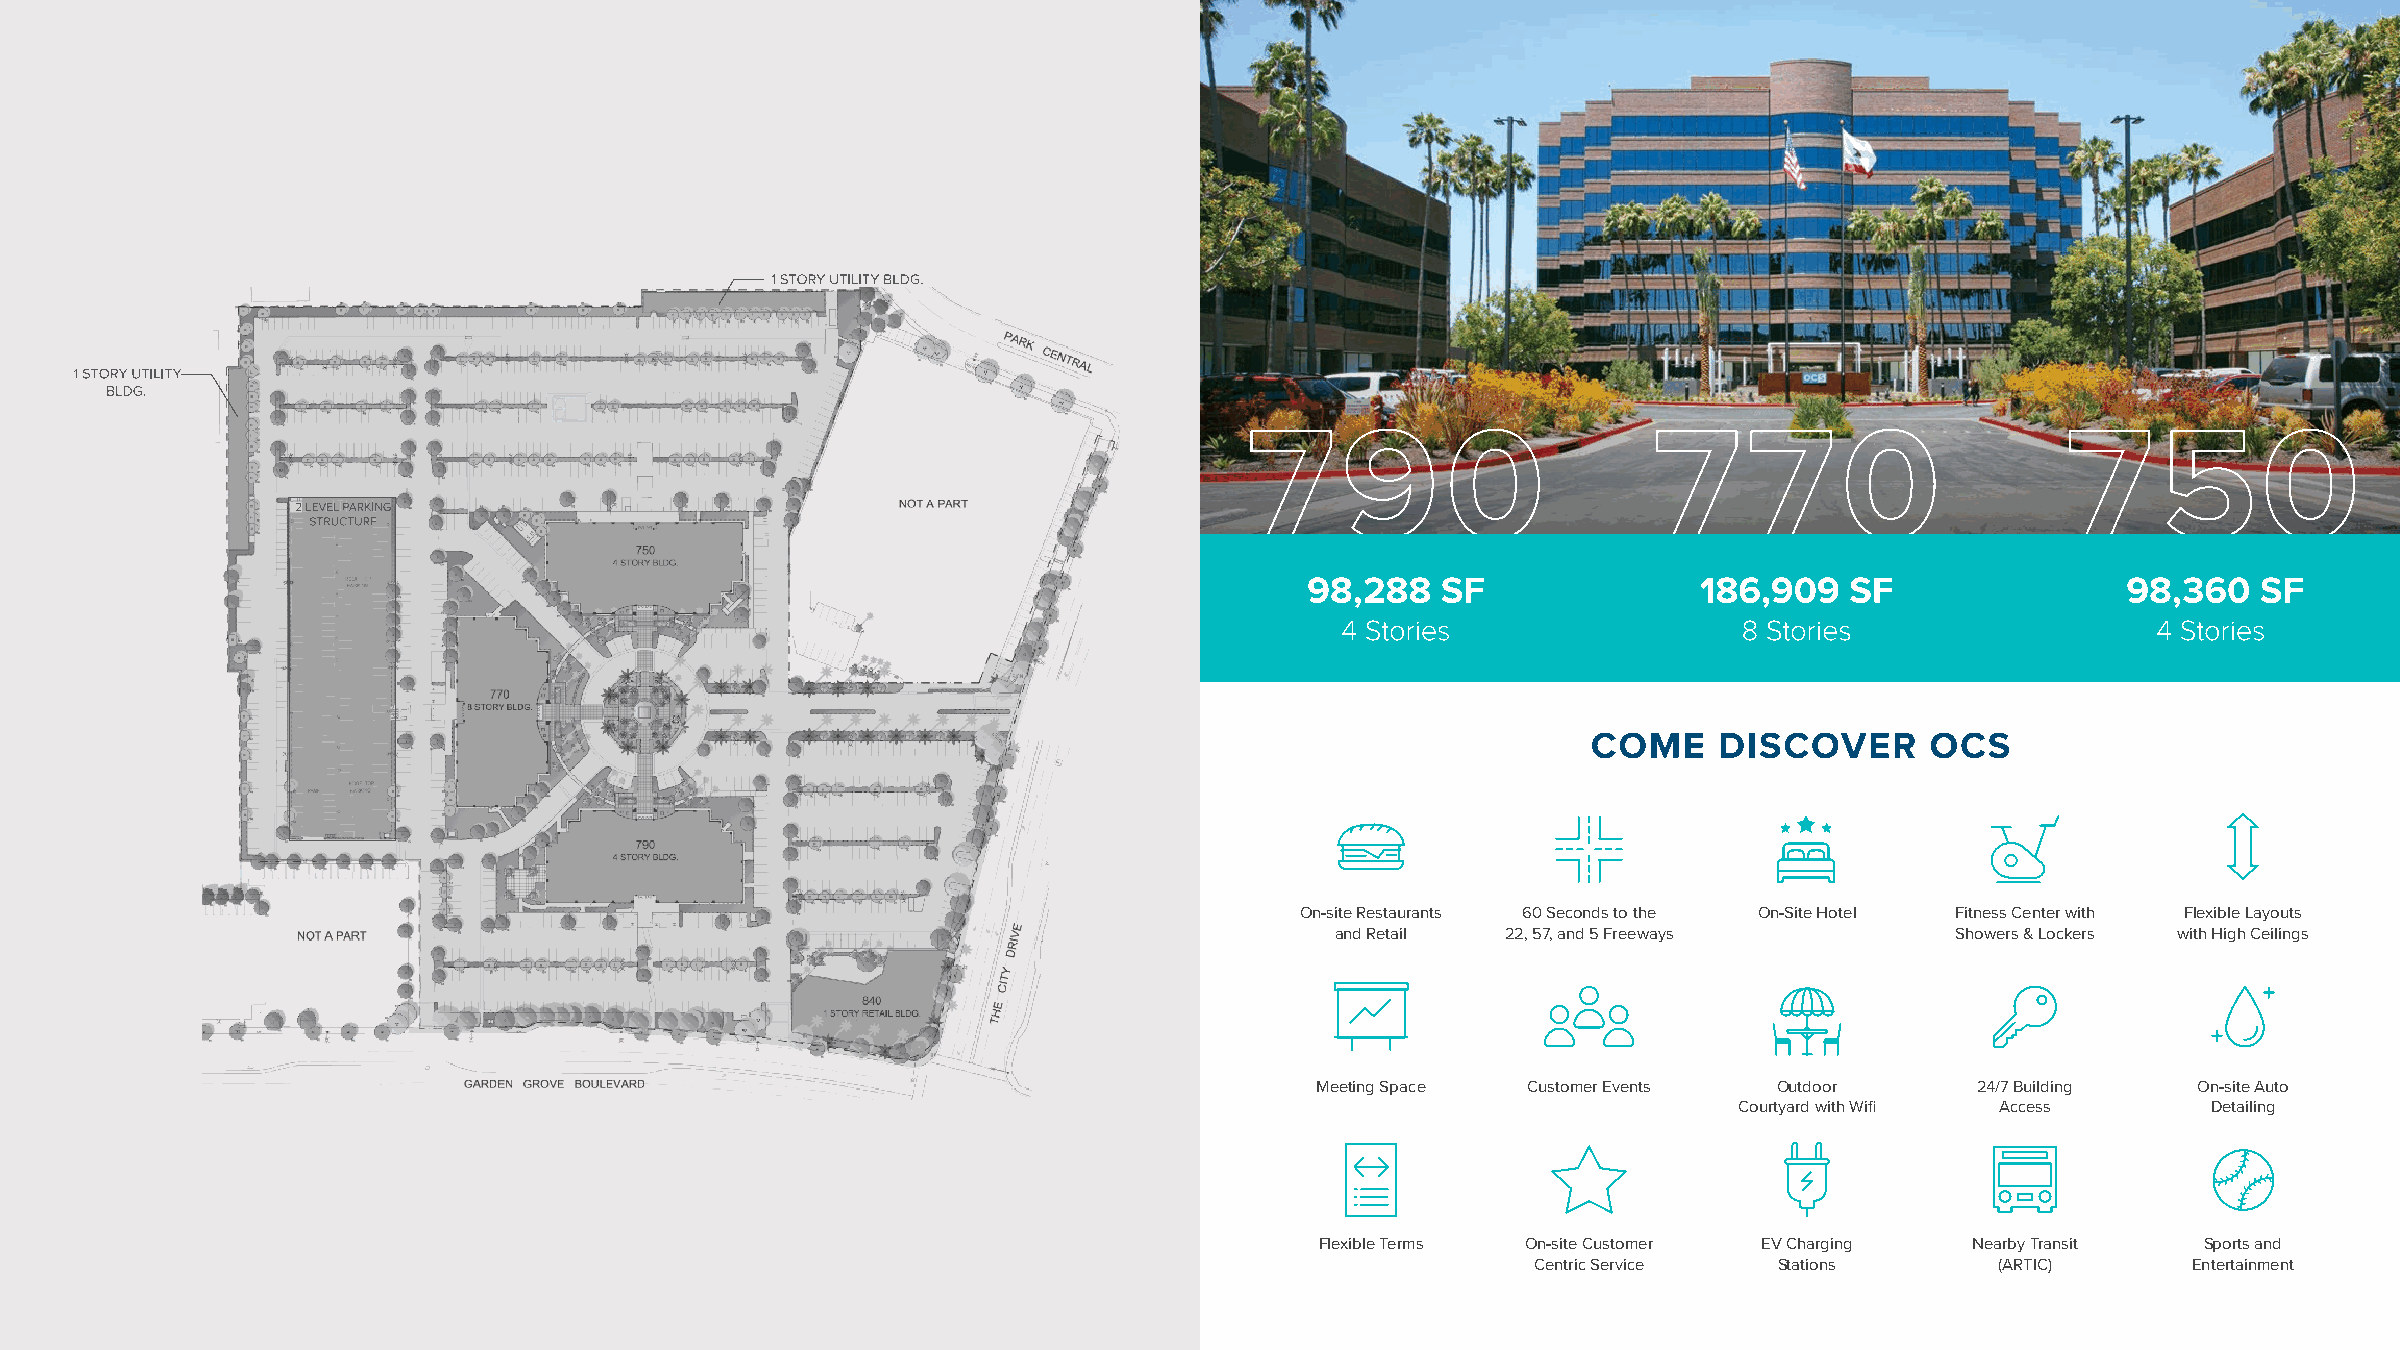
On-site Restaurants 60 Seconds to the On-Site Hotel Fitness Center with Flexible Layouts
 and Retail  22, 57, and 5 Freeways       Showers & Lockers with High Ceilings
 Meeting Space Customer Events  Outdoor      24/7 Building On-site Auto
 Courtyard with Wifi Access     Detailing
 Flexible Terms On-site Customer EV Charging Nearby Transit Sports and
 Centric Service Stations      (ARTIC)      Entertainment